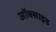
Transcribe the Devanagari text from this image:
अॉक्साइड